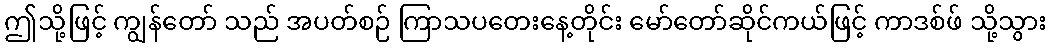
ဤသို့ဖြင့် ကျွန်တော် သည် အပတ်စဉ် ကြာသပတေးနေ့တိုင်း မော်တော်ဆိုင်ကယ်ဖြင့် ကာဒစ်ဖ် သို့သွား